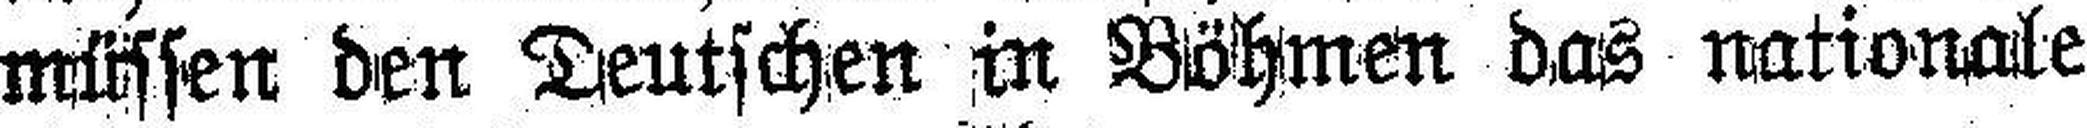
müssen den Deutschen in Böhmen das nationale